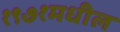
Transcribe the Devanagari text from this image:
१९७१मधील